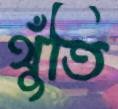
থুঁতি